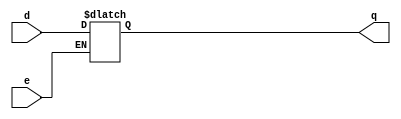
module d_enable(
	input d,
	input e,
	output q);

reg q;

always @(*)
begin
	if (e)
		q <= d;
end

endmodule